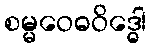
စမ္မဝေဓဝိဒ္ဓေါ